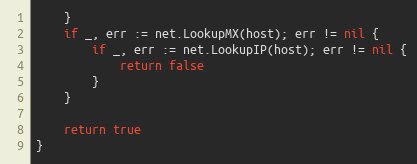
Language: Go
	}
	if _, err := net.LookupMX(host); err != nil {
		if _, err := net.LookupIP(host); err != nil {
			return false
		}
	}

	return true
}